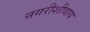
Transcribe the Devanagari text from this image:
नगरीशीवाय